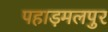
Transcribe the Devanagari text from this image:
पहाड़मलपुर